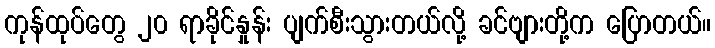
ကုန်ထုပ်တွေ ၂၀ ရာခိုင်နှုန်း ပျက်စီးသွားတယ်လို့ ခင်ဗျားတို့က ပြောတယ်။